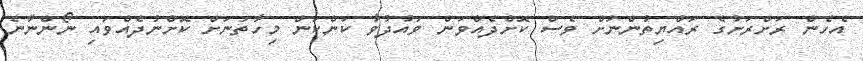
އެހެން ރަށްރަށުގެ ރައްޔިތުންނަށް ވެސް ކޮށްދެއްވަން ވައުދުވާ ކަންކަން މިހާތަނަށް ކޮށްނުދެއްވައި ނޯންނާނެ